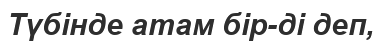
Түбінде атам бір-ді деп,